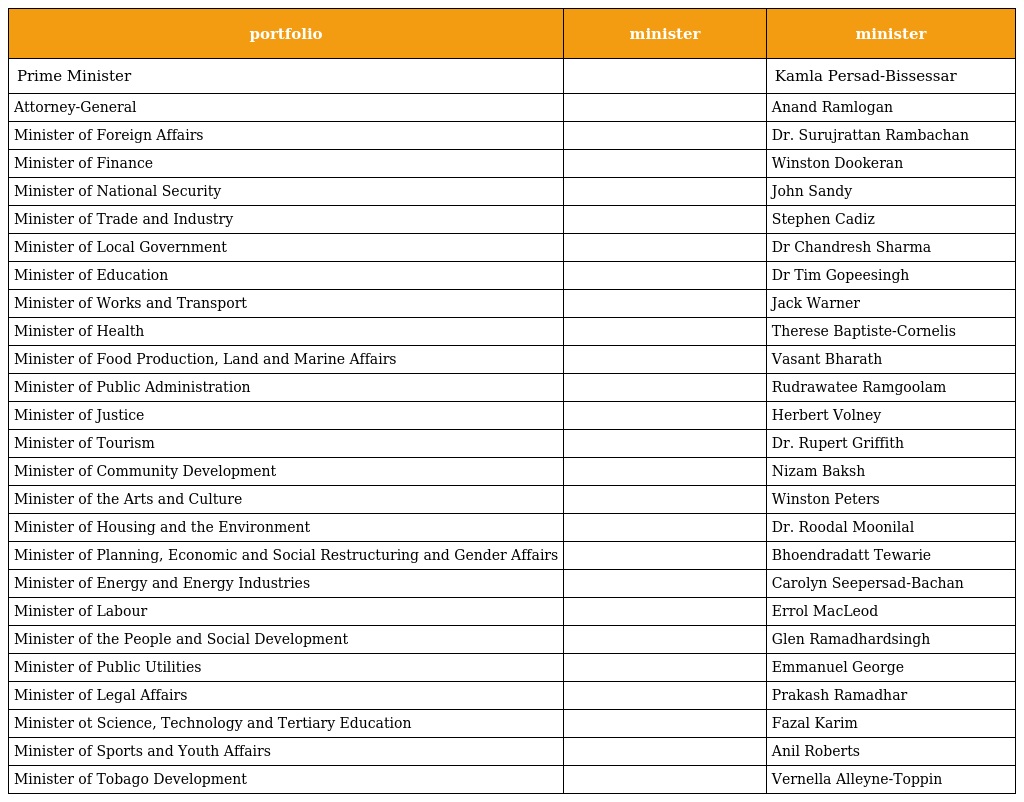
| portfolio | minister | minister |
 | --- | --- | --- |
 | Prime Minister |  | Kamla Persad-Bissessar |
 | Attorney-General |  | Anand Ramlogan |
 | Minister of Foreign Affairs |  | Dr. Surujrattan Rambachan |
 | Minister of Finance |  | Winston Dookeran |
 | Minister of National Security |  | John Sandy |
 | Minister of Trade and Industry |  | Stephen Cadiz |
 | Minister of Local Government |  | Dr Chandresh Sharma |
 | Minister of Education |  | Dr Tim Gopeesingh |
 | Minister of Works and Transport |  | Jack Warner |
 | Minister of Health |  | Therese Baptiste-Cornelis |
 | Minister of Food Production, Land and Marine Affairs |  | Vasant Bharath |
 | Minister of Public Administration |  | Rudrawatee Ramgoolam |
 | Minister of Justice |  | Herbert Volney |
 | Minister of Tourism |  | Dr. Rupert Griffith |
 | Minister of Community Development |  | Nizam Baksh |
 | Minister of the Arts and Culture |  | Winston Peters |
 | Minister of Housing and the Environment |  | Dr. Roodal Moonilal |
 | Minister of Planning, Economic and Social Restructuring and Gender Affairs |  | Bhoendradatt Tewarie |
 | Minister of Energy and Energy Industries |  | Carolyn Seepersad-Bachan |
 | Minister of Labour |  | Errol MacLeod |
 | Minister of the People and Social Development |  | Glen Ramadhardsingh |
 | Minister of Public Utilities |  | Emmanuel George |
 | Minister of Legal Affairs |  | Prakash Ramadhar |
 | Minister ot Science, Technology and Tertiary Education |  | Fazal Karim |
 | Minister of Sports and Youth Affairs |  | Anil Roberts |
 | Minister of Tobago Development |  | Vernella Alleyne-Toppin |